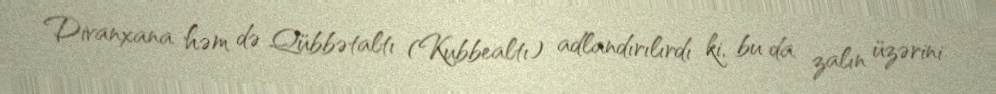
Divanxana həm də Qübbətaltı (Kubbealtı) adlandırılırdı ki, bu da zalın üzərini